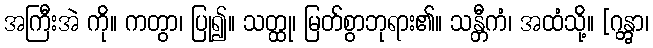
အကြီးအဲ ကို။ ကတွာ၊ ပြု၍။ သတ္ထု၊ မြတ်စွာဘုရား၏။ သန္တီကံ၊ အထံသို့။ [ဂန္တွာ၊